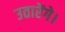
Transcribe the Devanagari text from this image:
उतारेंगे।